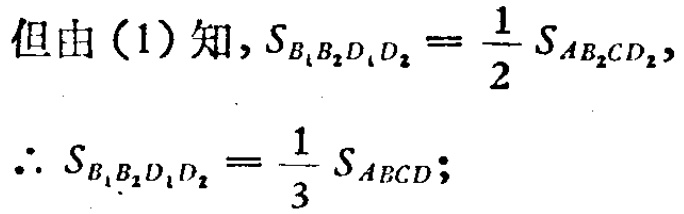
但由（1）知,$S_{B_{1}B_{2}D_{1}D_{2}} = \frac{1}{2}S_{AB_{2}CD_{2}}$,
$\therefore S_{B_{1}B_{2}D_{1}D_{2}} = \frac{1}{3}S_{ABCD}$;